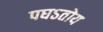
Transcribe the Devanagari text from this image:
पघऽतोय